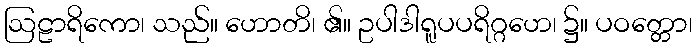
ဩဠာရိကော၊ သည်။ ဟောတိ၊ ၏။ ဥပါဒါရူပပရိဂ္ဂဟေ၊ ၌။ ပဝတ္တော၊